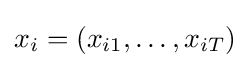
x_{i}=(x_{i1},\dots ,x_{iT})